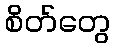
စိတ်တွေ